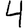
Digit: 4